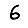
Digit: 6